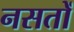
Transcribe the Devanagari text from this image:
नसतों